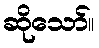
ဆိုသော်။